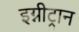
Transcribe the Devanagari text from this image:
इग्नीट्रान